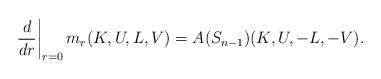
LaTeX: \begin{align*}\left.\frac{d}{dr}\right|_{r=0}m_r(K,U,L,V)=A(S_{n-1})(K,U,-L,-V).\end{align*}